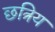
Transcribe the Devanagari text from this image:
छत्रिय